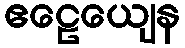
ဧဠေယျေန